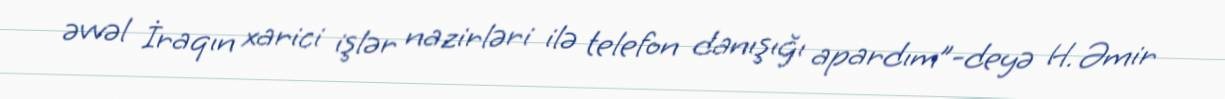
əvvəl İraqın xarici işlər nazirləri ilə telefon danışığı apardım”-deyə H. Əmir